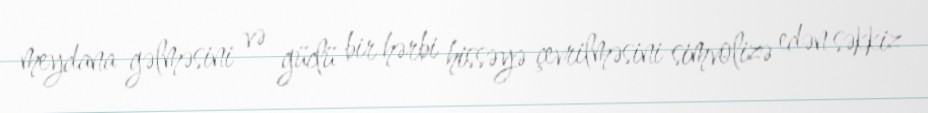
meydana gəlməsini və güclü bir hərbi hissəyə çevrilməsini simvolizə edən səkkiz